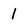
Character: 1